Report of the Indian Hemp Drugs Commission, 1894-1895 - Volume V
Year: 1894
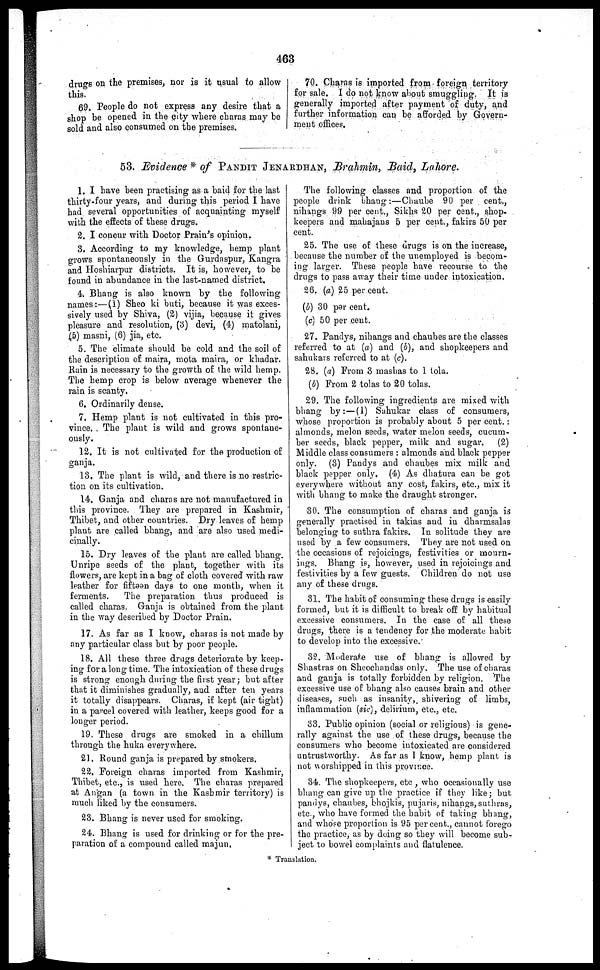
463
drugs on the premises, nor is it usual to allow
this.
69. People do not express any desire that a
shop be opened in the city where charas may be
sold and also consumed on the premises.
70. Charas is imported from foreign territory
for sale. I do not know about smuggling. It is
generally imported after payment of duty, and
further information can be afforded by Govern-
ment offices,
53. Evidence * of PANDIT JENARDHAN, Brahmin, Baid, Lahore.
1. I have been practising as a baid for the last
thirty-four years, and during this period I have
had several opportunities of acquainting myself
with the effects of these drugs.
2. I concur with Doctor Pram's opinion.
3. According to my knowledge, hemp plant
grows spontaneously in the Gurdaspur, Kangra
and Hoshiarpur districts. It is, however, to be
found in abundance in the last-named district,
4. Bhang is also known by the following
names:—(i) Sheo ki buti, because it was exces-
sively used by Shiva, (2) vijia, because it gives
pleasure and resolution, (3) devi, (4) matolani,
(5) masni, (6) jia, etc.
5. The climate should be cold and the soil of
the description of maira, mota maira, or khadar.
Rain is necessary to the growth of the wild hemp.
The hemp crop is below average whenever the
rain is scanty.
6. Ordinarily dense.
7. Hemp plant is not cultivated in this pro-
vince. The plant is wild and grows spontane-
ously.
12. It is not cultivated for the production of
ganja.
13. The plant is wild, and there is no restric-
tion on its cultivation.
14. Ganja and charas are not manufactured in
this province. They are prepared in Kashmir,
Thibet, and other countries. Dry leaves of hemp
plant are called bhang, and are also used medi-
cinally.
15. Dry leaves of the plant are called bhang.
Unripe seeds of the plant, together with its
flowers, are kept in a bag of cloth covered with raw
leather for fifteen days to one month, when it
ferments.
The preparation thus produced is
called charas. Ganja is obtained from the plant
in the way described by Doctor Prain.
17. As far as I know, charas is not made by
any particular class but by poor people.
18. All these three drugs deteriorate by keep-
ing for a long time. The intoxication of these drugs
is strong enough during the first year; but after
that it diminishes gradually, and after ten years
it totally disappears. Charas, if kept (air tight)
in a parcel covered with leather, keeps good for a
longer period.
19. These drugs are smoked in a chillum
through the huka everywhere.
21. Round ganja is prepared by smokers.
22. Foreign charas imported from Kashmir,
Thibet, etc., is used here. The charas prepared
at Angan (a town in the Kashmir territory) is
much liked by the consumers.
23. Bhang is never used for smoking.
24. Bhang is used for drinking or for the pre-
paration of a compound called majun,
The following classes and proportion of the
people drink bhang:—Chaube 90 per cent.,
nihangs 99 per cent., Sikhs 20 per cent., shop-
keepers and mahajans 5 per cent., fakirs 50 per
cent.
25. The use of these drugs is on the increase,
because the number of the unemployed is becom-
ing larger. These people have recourse to the
drugs to pass away their time under intoxication.
26. (a) 25 per cent.
(b) 30 per cent.
(c) 50 per cent.
27. Pandys, nihangs and chaubes are the classes
referred to at (a) and (b), and shopkeepers and
sakukars referred to at (c).
28. (a) From 3 mashas to 1 tola.
(b) From 2 tolas to 20 tolas.
29. The following ingredients are mixed with
bhang by:—(1) Sahukar class of consumers,
whose proportion is probably about 5 per cent. :
almonds, melon seeds, water melon seeds, cucum-
ber seeds, black pepper, milk and sugar. (2)
Middle class consumers : almonds and black pepper
only. (3) Pandys and chaubes mix milk and
black pepper only. (4) As dhatura can be got
everywhere without any cost, fakirs, etc., mix it
with bhang to make the draught stronger.
30. The consumption of charas and ganja is
generally practised in takias and in dharmsalas
belonging to suthra fakirs. In solitude they are
used by a few consumers. They are not used on
the occasions of rejoicings, festivities or mourn-
ings. Bhang is, however, used in rejoicings and
festivities by a few guests. Children do not use
any of these drugs.
31. The habit of consuming these drugs is easily
formed, but it is difficult to break off by habitual
excessive consumers. In the case of all these
drugs, there is a tendency for the moderate habit
to develop into the excessive.
32. Moderate use of bhang is allowed by
Shastras on Sheochandas only. The use of charas
and ganja is totally forbidden by religion. The
excessive use of bhang also causes brain and other
diseases, such as insanity, shivering of limbs,
inflammation (sic), delirium, etc., etc.
33. Public opinion (social or religious) is gene-
rally against the use of these drugs, because the
consumers who become intoxicated are considered
untrustworthy. As far as I know, hemp plant is
not worshipped in this province.
34. The shopkeepers, etc , who occasionally use
bhang can give up the practice if they like; but
pandys, chaubes, bhojkis, pujaris, nihangs, suthras,
etc., who have formed the habit of taking bhang,
and whose proportion is 95 per cent., cannot forego
the practice, as by doing so they will become sub-
ject to bowel complaints and flatulence.
* Translation.